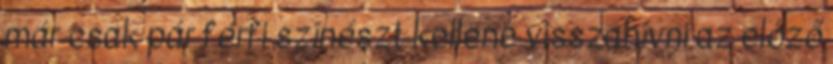
már csak pár férfi színészt kellene visszahívni az előző